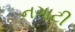
નગાટી